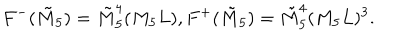
F ^ { - } ( \tilde { M } _ { 5 } ) = \tilde { M } _ { 5 } ^ { 4 } ( M _ { 5 } L ) , F ^ { + } ( \tilde { M } _ { 5 } ) = \tilde { M } _ { 5 } ^ { 4 } ( M _ { 5 } L ) ^ { 3 } .